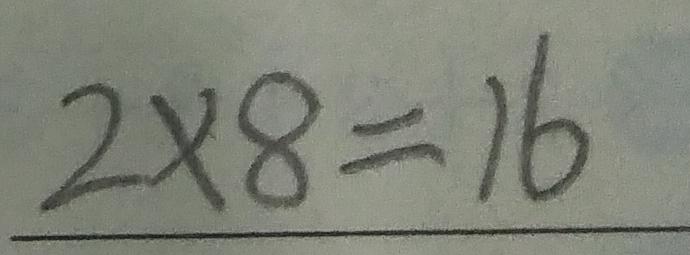
2 \times 8 = 1 6